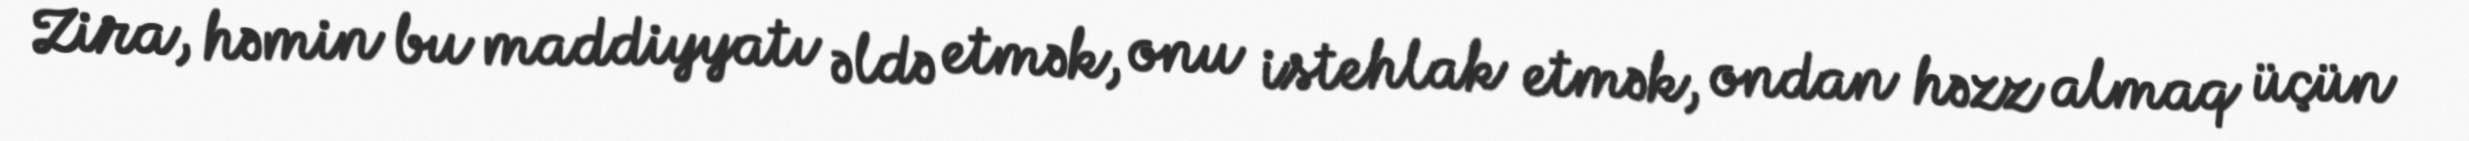
Zira, həmin bu maddiyyatı əldə etmək, onu istehlak etmək, ondan həzz almaq üçün